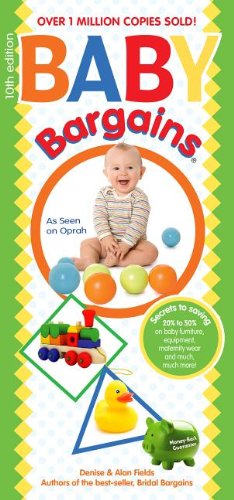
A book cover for Baby Bargains: Secrets to Saving 20% to 50% on baby furniture, gear, clothes, strollers, maternity wear and much, much more!; Denise Fields; Parenting & Relationships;